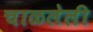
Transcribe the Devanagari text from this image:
चाळलेली